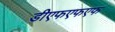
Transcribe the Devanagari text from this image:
डीएफएफएफ